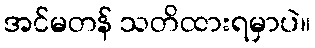
အင်မတန် သတိထားရမှာပဲ။